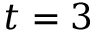
t = 3